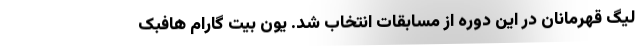
لیگ قهرمانان در این دوره از مسابقات انتخاب شد. یون بیت گارام هافبک